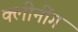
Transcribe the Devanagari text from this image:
क्लीनींग